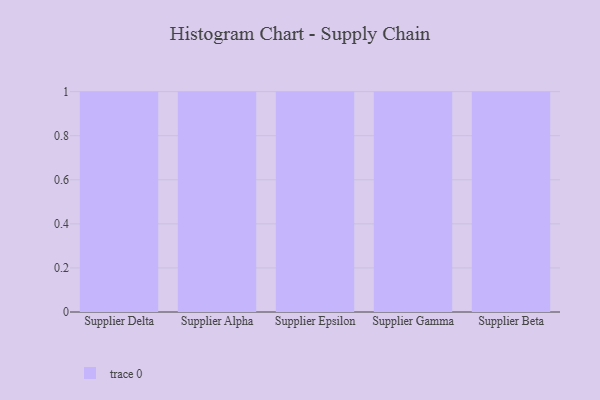
{"axis": {"x": "Supplier", "y": "Revenue (USD Million)"}, "legend": [""], "data": [{"x": "Supplier Delta", "y": 36, "type": ""}, {"x": "Supplier Alpha", "y": 27, "type": ""}, {"x": "Supplier Epsilon", "y": 57, "type": ""}, {"x": "Supplier Gamma", "y": 46, "type": ""}, {"x": "Supplier Beta", "y": 56, "type": ""}]}